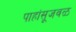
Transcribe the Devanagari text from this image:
पाहांसूजवळ